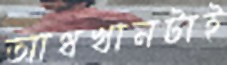
আধখানটাই